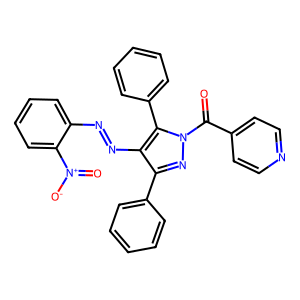
SMILES: O=C(c1ccncc1)n1nc(-c2ccccc2)c(N=Nc2ccccc2[N+](=O)[O-])c1-c1ccccc1
Inhibits HIV replication: No